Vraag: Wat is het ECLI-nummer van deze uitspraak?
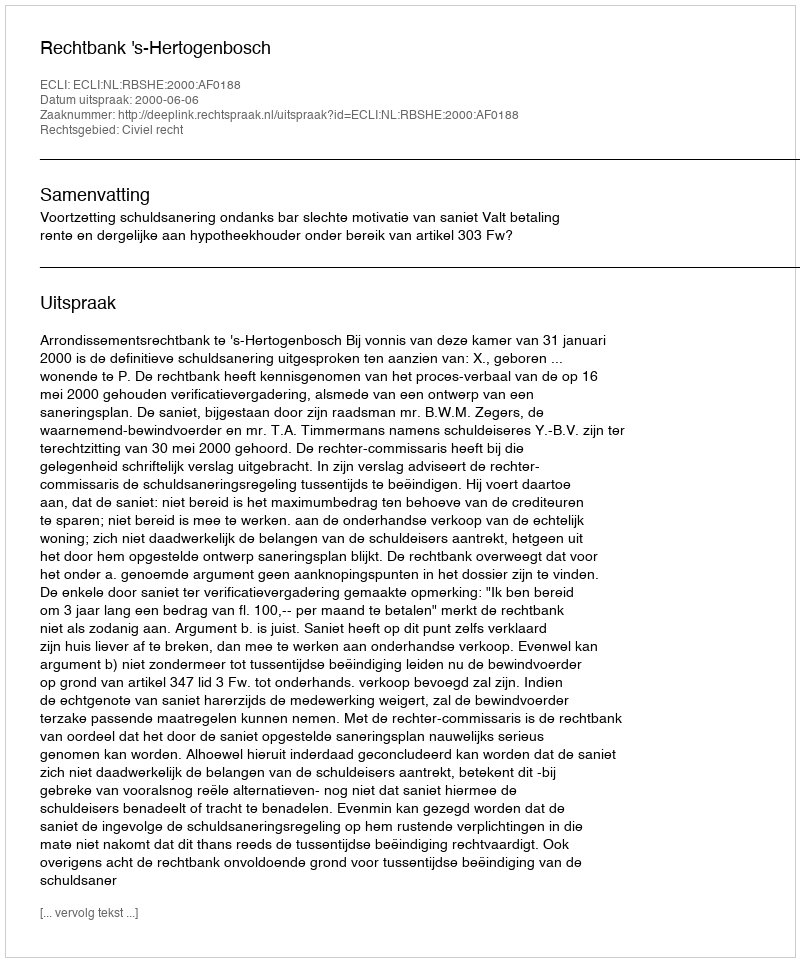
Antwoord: ECLI:NL:RBSHE:2000:AF0188